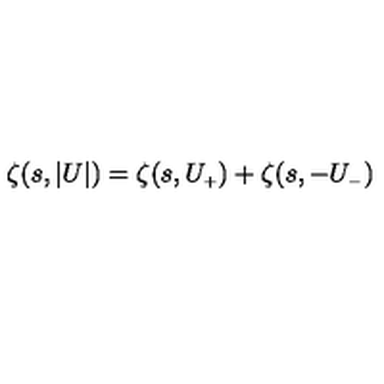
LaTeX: \zeta ( s , \vert U \vert ) = \zeta ( s , U _ { \scriptscriptstyle + } ) + \zeta ( s , - U _ { \scriptscriptstyle - } )